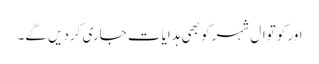
اور کوتوال شہر کو بھی ہدایات جاری کردیں گے۔